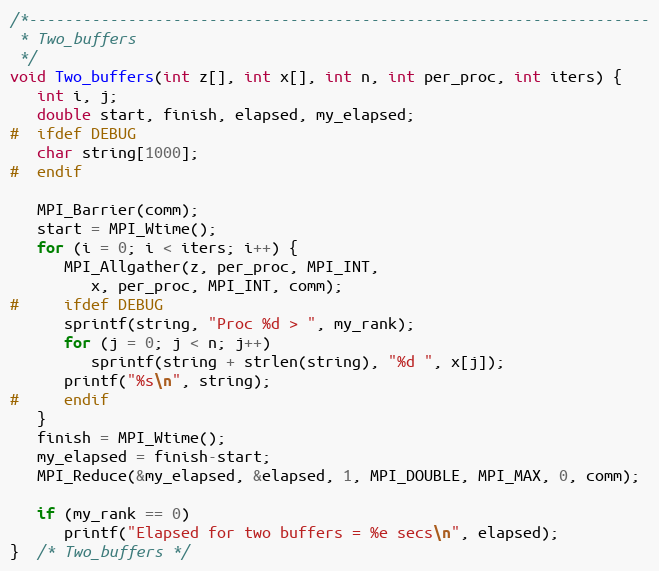
Language: C
/*---------------------------------------------------------------------
 * Two_buffers
 */
void Two_buffers(int z[], int x[], int n, int per_proc, int iters) {
   int i, j;
   double start, finish, elapsed, my_elapsed;
#  ifdef DEBUG
   char string[1000];
#  endif

   MPI_Barrier(comm);
   start = MPI_Wtime();
   for (i = 0; i < iters; i++) {
      MPI_Allgather(z, per_proc, MPI_INT,
         x, per_proc, MPI_INT, comm);
#     ifdef DEBUG
      sprintf(string, "Proc %d > ", my_rank);
      for (j = 0; j < n; j++)
         sprintf(string + strlen(string), "%d ", x[j]);
      printf("%s\n", string);
#     endif
   }
   finish = MPI_Wtime();
   my_elapsed = finish-start;
   MPI_Reduce(&my_elapsed, &elapsed, 1, MPI_DOUBLE, MPI_MAX, 0, comm);

   if (my_rank == 0)
      printf("Elapsed for two buffers = %e secs\n", elapsed);
}  /* Two_buffers */